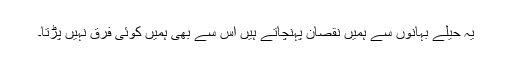
یہ حیلے بہانوں سے ہمیں نقصان پہنچاتے ہیں اس سے بھی ہمیں کوئی فرق نہیں پڑتا۔